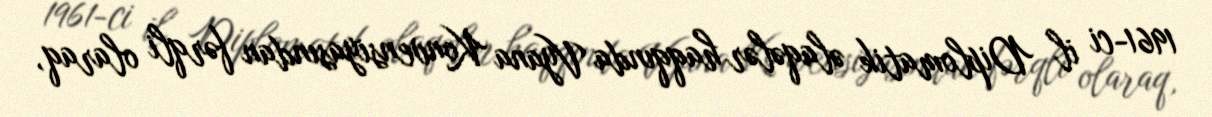
1961-ci il Diplomatik əlaqələr haqqında Vyana Konvensiyasından fərqli olaraq,